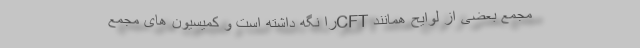
مجمع بعضی از لوایح همانند CFTرا نگه داشته است و کمیسیون های مجمع